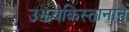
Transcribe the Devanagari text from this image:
उझबेकिस्तानाने